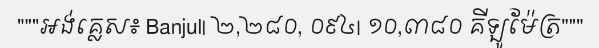
"""អង់គ្លេស៖ Banjul| ២,២៨០, ០៩៤| ១០,៣៨០ គីឡូម៉ែត្រ"""